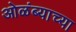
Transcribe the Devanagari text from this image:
ओळंब्याच्या